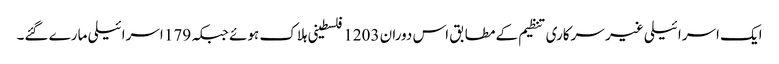
ایک اسرائیلی غیر سرکاری تنظیم کے مطابق اس دوران 1203 فلسطینی ہلاک ہوئے جبکہ 179 اسرائیلی مارے گئے۔